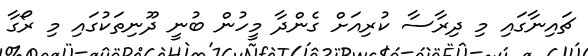
ޗައިނާގައި މި ދިރާސާ ކުރިއަށް ގެންދާ މީހުން ބުނީ ދޫނިތަކުގައި މި ރޯގާ